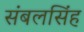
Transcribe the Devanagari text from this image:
संबलसिंह